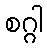
စဂ္ဂါ